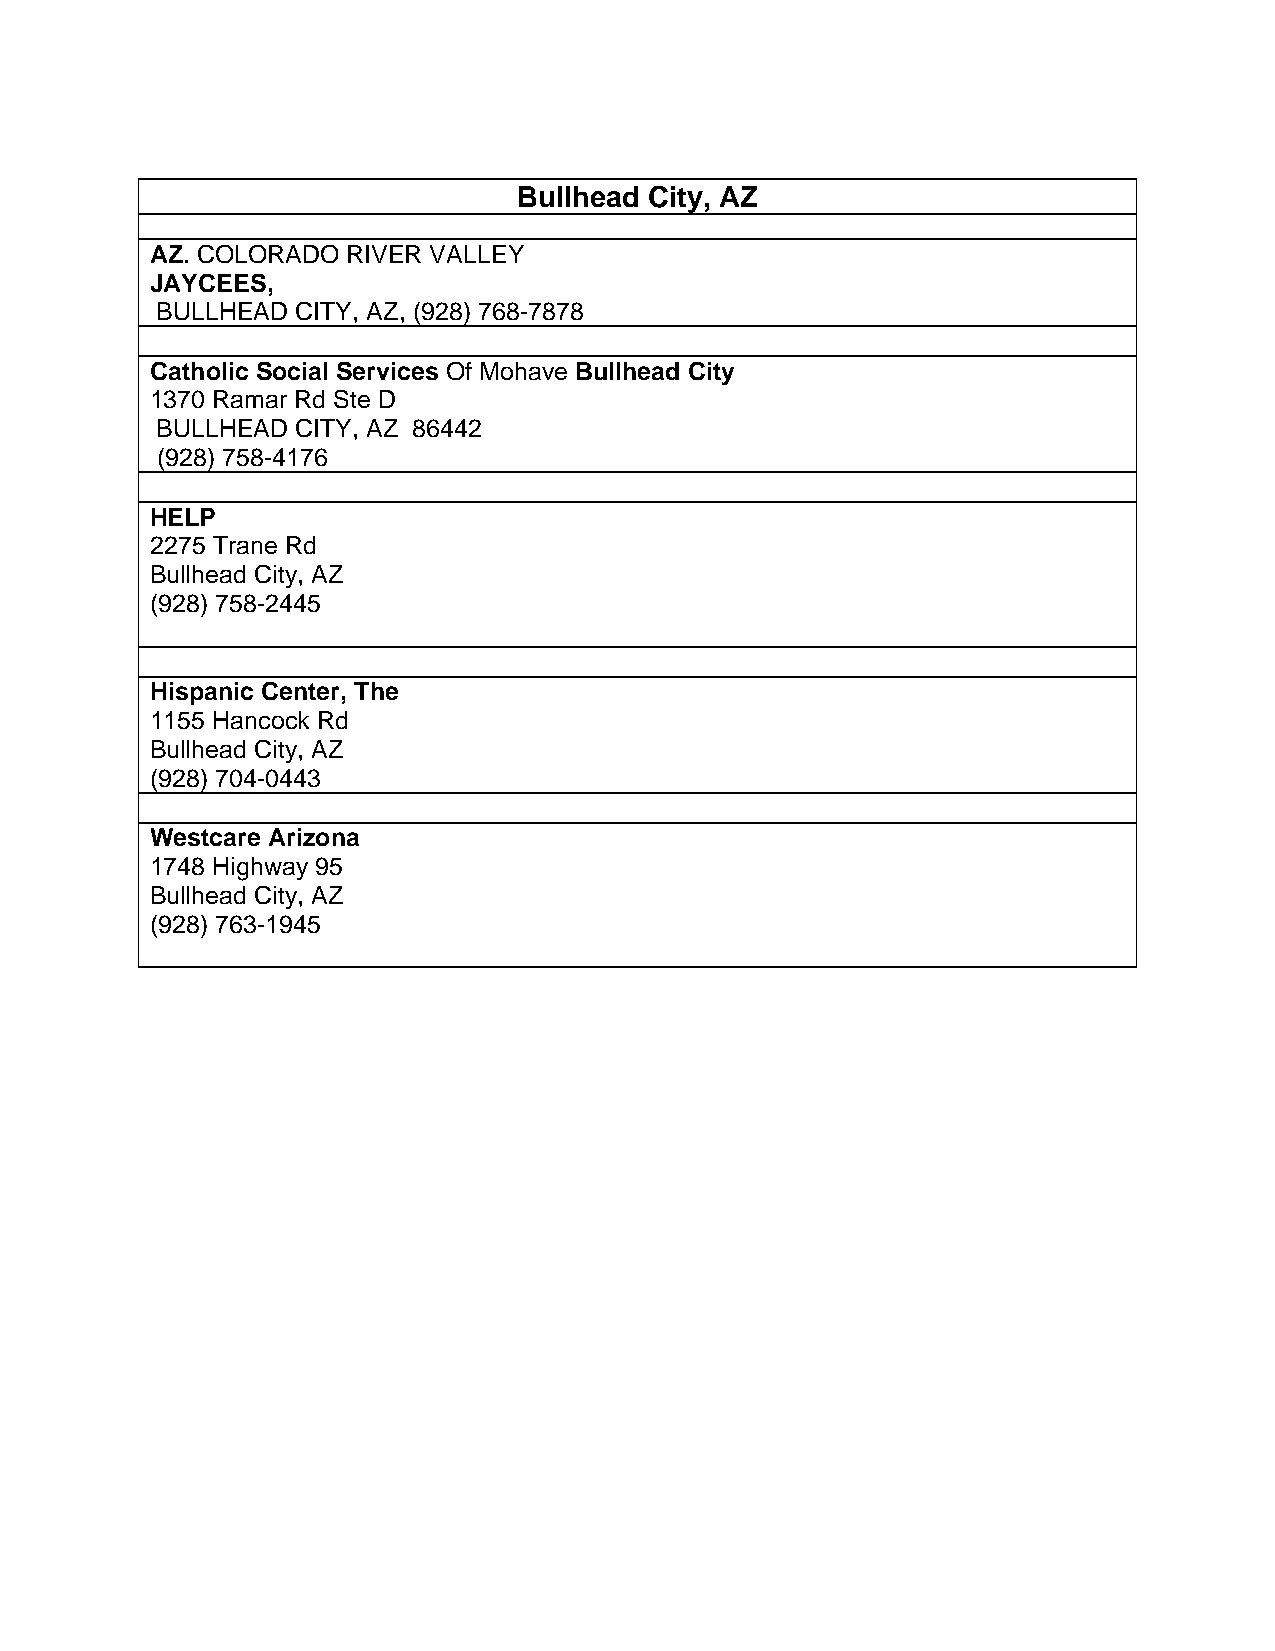
Bullhead City, AZ
 AZ. COLORADO RIVER VALLEY
 JAYCEES,
 BULLHEAD  CITY, AZ, (928) 768-7878
 Catholic Social Services Of Mohave Bullhead City
 1370 Ramar Rd Ste D
 BULLHEAD  CITY, AZ 86442
 (928) 758-4176
 HELP
 2275 Trane Rd
 Bullhead City, AZ
 (928) 758-2445
 Hispanic Center, The
 1155 Hancock Rd
 Bullhead City, AZ
 (928) 704-0443
 Westcare Arizona
 1748 Highway 95
 Bullhead City, AZ
 (928) 763-1945